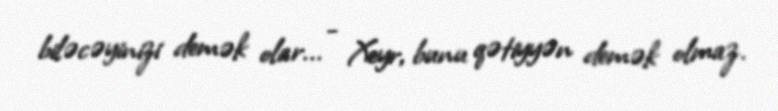
biləcəyinizi demək olar... - Xeyr, bunu qətiyyən demək olmaz.